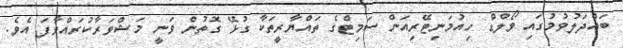
ބައްދަލުވުމުގައި ވޯލްޑް ހިއުމަނިޓޭރިއަން ސަމިޓްގެ ތައްޔާރީތަކާ ގުޅޭ ގޮތުން ވަނީ މަޝްވަރާކުރައްވާފަ އެވެ.